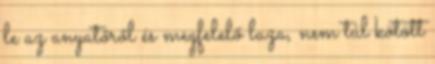
le az anyatőről és megfelelő laza, nem túl kötött